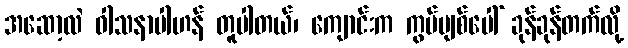
အဆော့လဲ ဝါသနာပါဟန် တူပါတယ်၊ ကျောင်းက ကွပ်ပျစ်ပေါ် ခုန်ခုန်တက်လို့